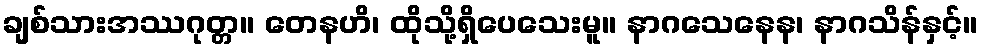
ချစ်သားအဿဂုတ္တ။ တေနဟိ၊ ထိုသို့ရှိပေသေးမူ။ နာဂသေနေန၊ နာဂသိန်နှင့်။